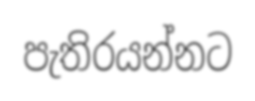
පැතිරයන්නට